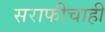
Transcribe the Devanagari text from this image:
सराफीचाही